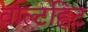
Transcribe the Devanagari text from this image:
वाल्टह्विट